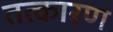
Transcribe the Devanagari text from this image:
तत्कारण